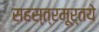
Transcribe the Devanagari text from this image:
सहस्त्रमूर्तये